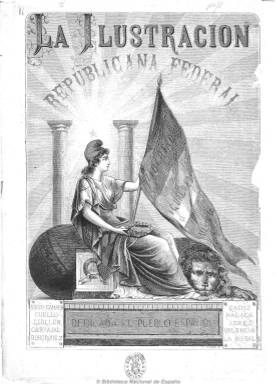
Título: La Ilustración republicana federal
Colección: Republicanismo || Revistas de información general
Ámbito geográfico: Madrid
Lugar de publicación: Madrid
Fechas: 15/06/1871-16/09/1872

Revista adscrita al republicanismo democrático federal, de estilo doctrinal y didáctico, que publica artículos de política, historia, ciencia social, del movimiento obrero y sobre las cuestiones agraria, religiosa, militar, educativa y de la mujer. Algunas de sus crónicas y artículos se refieren a la 1ª Internacional, a la Comuna y sucesos de París o a la esclavitud o a las quintas. Se dedicó a la propaganda del credo democrático, republicano y social e incluyó excelentes grabados tanto de retratos de los españoles adscritos a este partido como a otras figuras de carácter internacional (Carlos Marx, por ejemplo). Pero también estas ilustraciones recogen tipos costumbristas, edificios monumentales y otras de carácter artístico.

Su eslogan decía que estaba “dedicada al pueblo español” y su cabecera estaba formada por un grabado con la alegoría de la república, representada por una mujer enarbolando una bandera tricolor con la leyenda “libertad, igualdad y fraternidad”, así como con el nombre de Cristo y las frases “amaos los unos a los otros” y “todos los hombres son iguales”. También en su cubierta aparecían los nombres de los “mártires” del republicanismo español: Sixto Cámara, Francisco de Paula Cuello, Froilán Carvajal y Bohorquez.

Estuvo dirigida por Enrique Rodríguez Solís, etiquetado como “intransigente” y discípulo de Roque Bárcia. Entre sus colaboradores aparecen, además de los citados y sin completar su nómina, el líder del federalismo español, Francisco Pi y Margall, así como Emilio Castelar, Estanislao Figueras, P. Suñer y Capdevila, Fernando Garrido o I. Sastre, además de una mujer, Matilde Cherner.

También publicó biografías, artículos sobre “inventos útiles” y teatro y un folletín. Especial interés tiene la revista en la que su director escribe sobre los acontecimientos políticos del momento.

De periodicidad semanal, salía los domingos. No duró más de quince meses, al principio con números de 16 páginas y después de catorce. Aparecen como editores-propietarios J. Castro y Compañía.